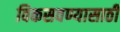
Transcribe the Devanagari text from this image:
विकसवण्यासाठी